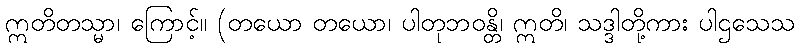
ဣတိတသ္မာ၊ ကြောင့်။ (တယော တယော၊ ပါတုဘဝန္တိ၊ ဣတိ၊ သဒ္ဒါတို့ကား ပါဌသေသ